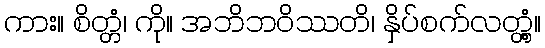
ကား။ စိတ္တံ၊ ကို။ အဘိဘဝိဿတိ၊ နှိပ်စက်လတ္တံ့။